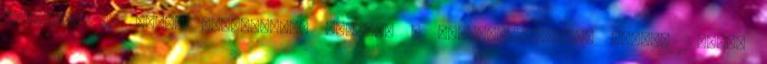
sztrájk? Az IALPA bejelentése szerint a munkabeszüntetés július 12.-én,